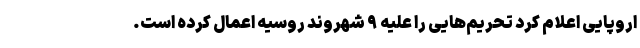
اروپایی اعلام کرد تحریم‌هایی را علیه ۹ شهروند روسیه اعمال کرده است.